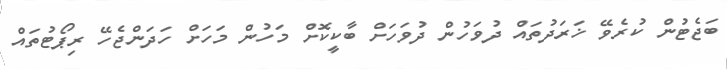
ބަޖެޓުން ކުރެވޭ ޚަރަދުތައް ދުވަހުން ދުވަހަށް ބާކީކޮށް މަހުން މަހަށް ހަދަންޖެހޭ ރިޕޯޓުތައް